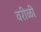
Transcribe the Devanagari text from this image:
वरीळी